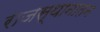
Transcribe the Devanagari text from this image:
राजस्थानातन